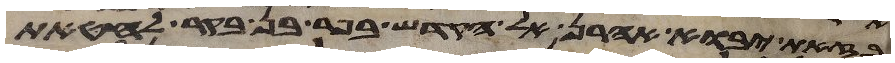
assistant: בזאת יבוא אהרן אל הקדש בפר בן בקר לחטאת